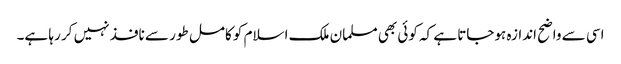
اسی سے واضح اندازہ ہوجاتا ہے کہ کوئی بھی مسلمان ملک اسلام کو کامل طور سے نافذ نہیں کر رہا ہے۔